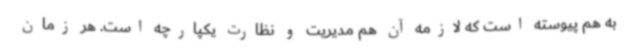
به هم پیوسته است که لازمه آن هم مدیریت و نظارت یکپارچه است. هر زمان